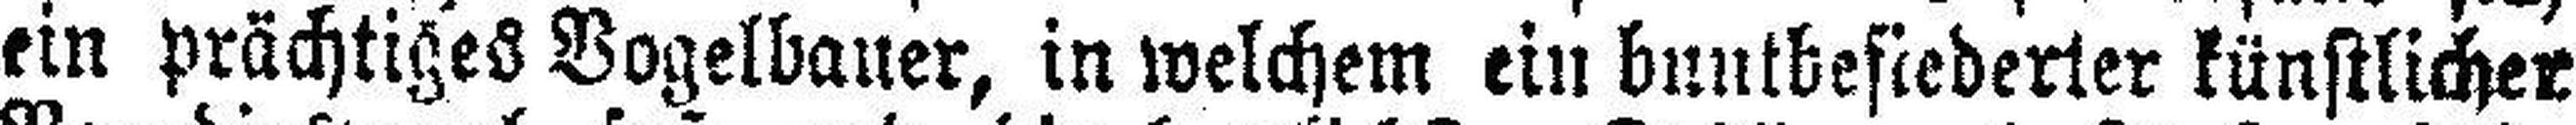
ein prächtiges Vogelbauer, in welchem ein buntbefiederter künstlicher